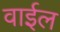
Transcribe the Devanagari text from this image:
वाईल